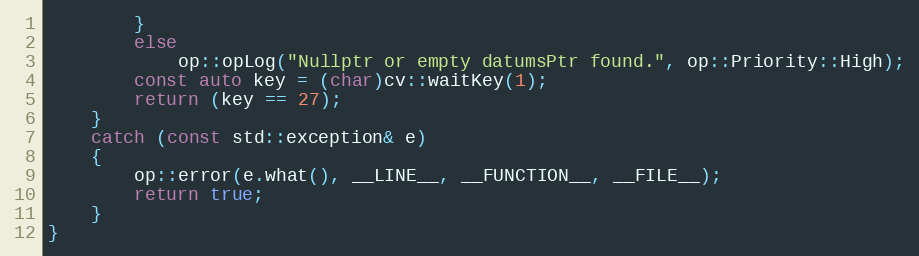
Language: C++
        }
        else
            op::opLog("Nullptr or empty datumsPtr found.", op::Priority::High);
        const auto key = (char)cv::waitKey(1);
        return (key == 27);
    }
    catch (const std::exception& e)
    {
        op::error(e.what(), __LINE__, __FUNCTION__, __FILE__);
        return true;
    }
}